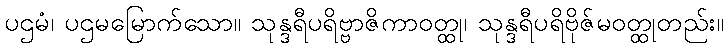
ပဌမံ၊ ပဌမမြောက်သော။ သုန္ဒရီပရိဗ္ဗာဇိကာဝတ္ထု၊ သုန္ဒရီပရိဗိုဇ်မဝတ္ထုတည်း။